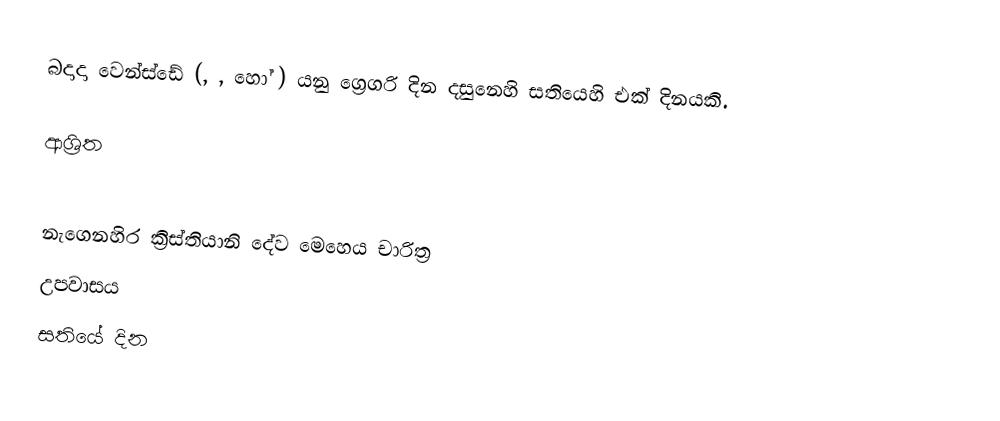
බදාදා  වෙන්ස්ඩේ (, , හෝ ) යනු ග්‍රෙගරි දින දසුනෙහි සතියෙහි එක් දිනයකි.

ආශ්‍රිත

නැගෙනහිර ක්‍රිස්තියානි දේව මෙහෙය චාරිත්‍ර
උපවාසය
සතියේ දින